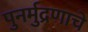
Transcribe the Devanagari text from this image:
पुनर्मुद्रणाचे